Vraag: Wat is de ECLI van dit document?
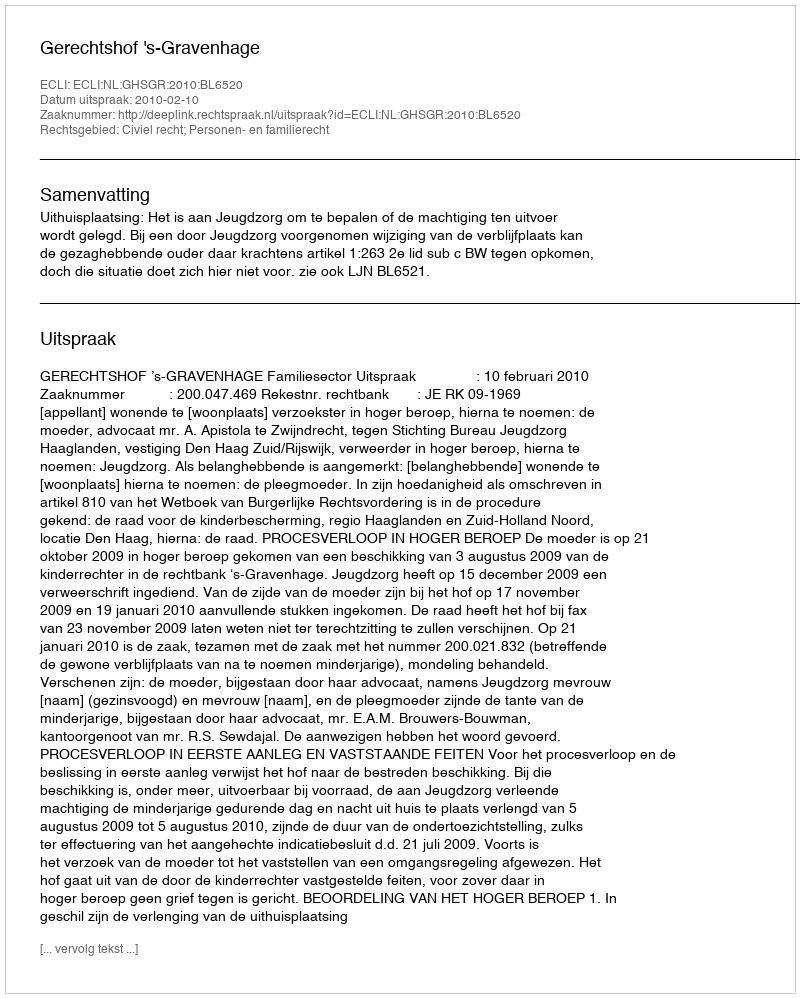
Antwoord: ECLI:NL:GHSGR:2010:BL6520